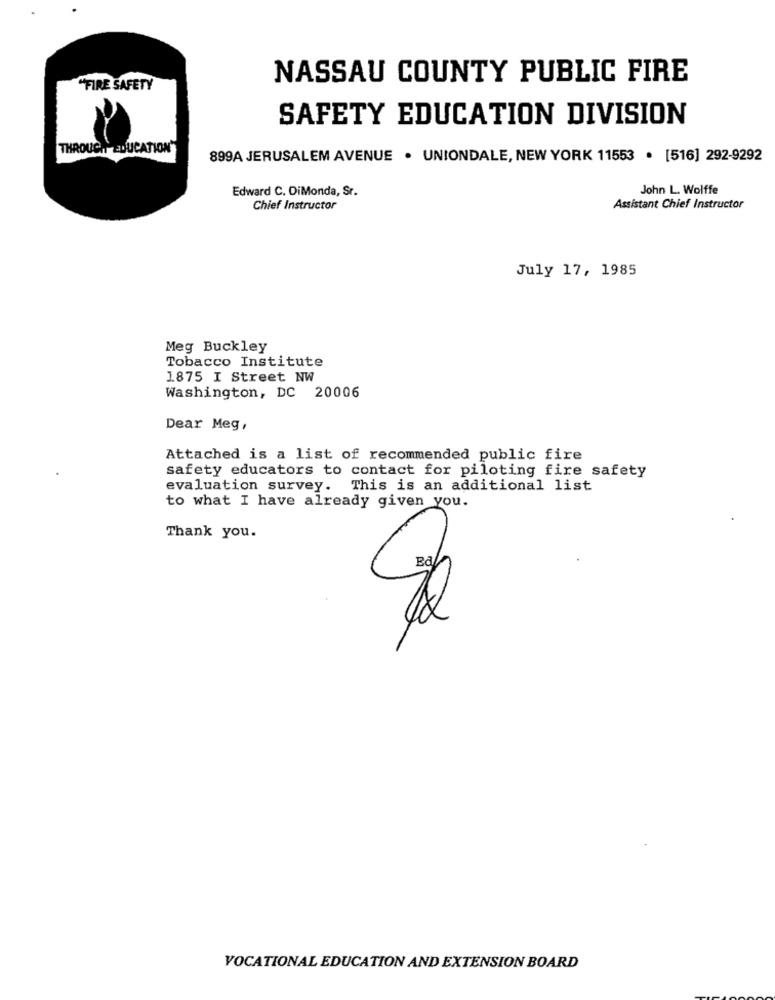
NASSAU COUNTY PUBLIC FIRE
"FIRE SAFETY
SAFETY EDUCATION DIVISION
THROUGH EDUCATION"
899A JERUSALEM AVENUE · UNIONDALE, NEW YORK 11553 · [516] 292-9292
Edward C. DiMonda, Sr.
John L. Wolffe
Chief Instructor
Assistant Chief Instructor
July 17, 1985
Meg Buckley
Tobacco Institute
1875 I Street NW
Washington, DC 20006
Dear Meg,
Attached is a list of recommended public fire
safety educators to contact for piloting fire safety
evaluation survey. This is an additional list
to what I have already given you.
Thank you.
VOCATIONAL EDUCATION AND EXTENSION BOARD